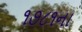
૧૭૮૧ના